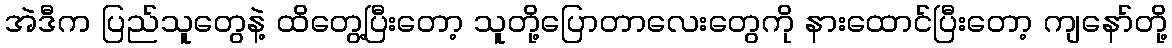
အဲဒီက ပြည်သူတွေနဲ့ ထိတွေ့ပြီးတော့ သူတို့ပြောတာလေးတွေကို နားထောင်ပြီးတော့ ကျနော်တို့